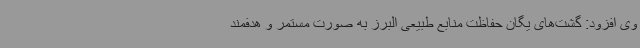
وی افزود: گشت‌های یگان حفاظت منابع طبیعی البرز به صورت مستمر و هدفمند